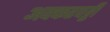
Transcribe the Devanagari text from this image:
अक्करपट्टी